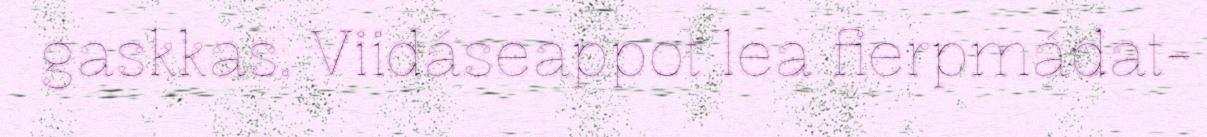
gaskkas. Viidáseappot lea fierpmádat-